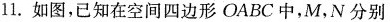
11.如图，已知在空间四边形OABC中，M，N分别